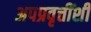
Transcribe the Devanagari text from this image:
अपप्रवृत्तींशी